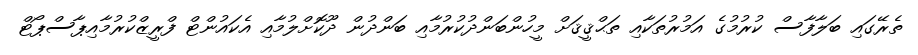
ތެރޭގައި ބަލާފާސް ކުރުމުގެ އަމުރުތަކާއި ތަޙްޤީޤަށް މީހުންބަންދުކުރުމާއި ބަންދުން ދޫކޮށްލުމާއި އެކައުންޓް ފްރީޒްކުރުމާއިޕާސްޕޯޓް